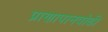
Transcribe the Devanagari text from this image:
प्राणापानवोढी